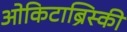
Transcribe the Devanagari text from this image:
ओकिटाब्रिस्की